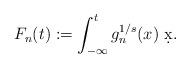
LaTeX: \begin{align*}F_n(t):=\int_{-\infty}^t g_n^{1/s}(x)\ \d{x}.\end{align*}